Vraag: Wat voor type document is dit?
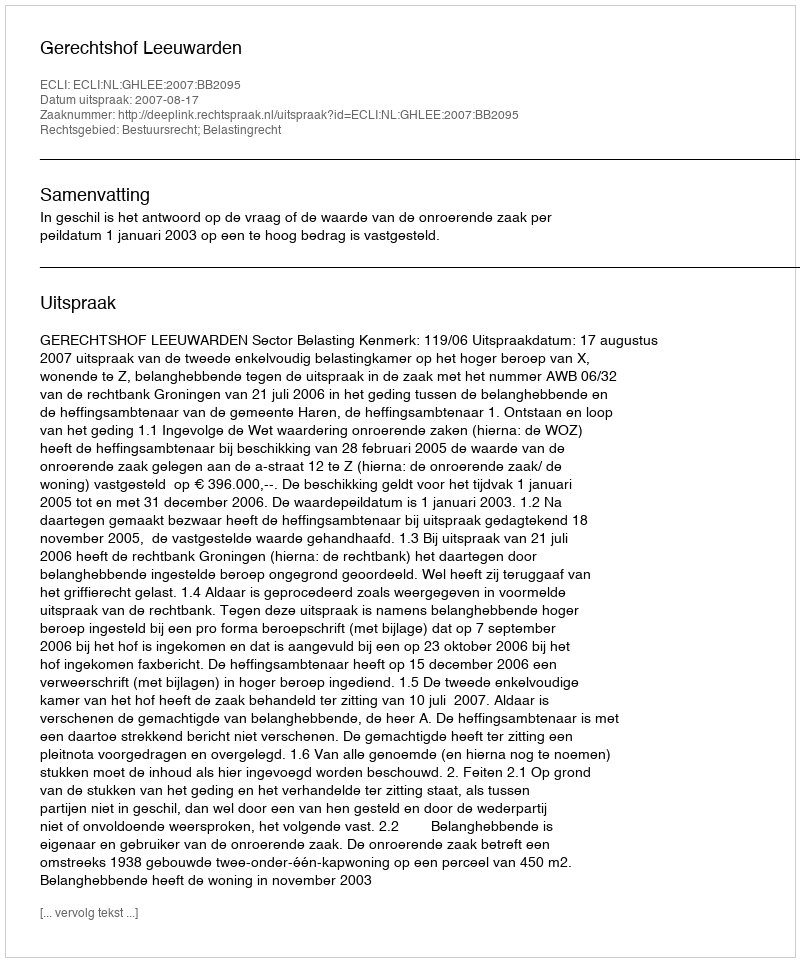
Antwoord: Uitspraak